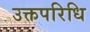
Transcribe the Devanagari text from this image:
उक्तपरिधि